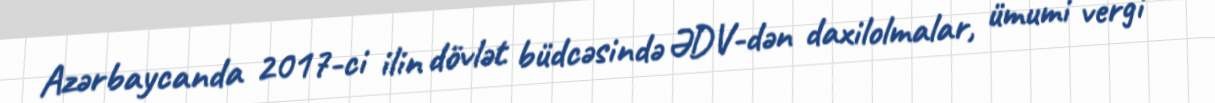
Azərbaycanda 2017-ci ilin dövlət büdcəsində ƏDV-dən daxilolmalar, ümumi vergi